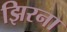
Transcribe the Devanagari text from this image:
झिरना